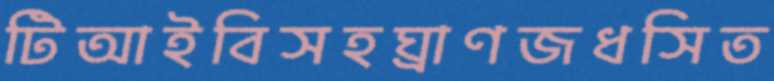
টিআইবিসহঘ্রাণজধসিত